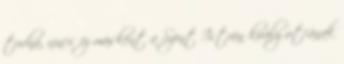
tudná, nincs ez másként a Szent István király utcának